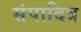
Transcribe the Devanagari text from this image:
संपादित्र